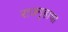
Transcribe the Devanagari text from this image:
राजगृहाचा